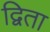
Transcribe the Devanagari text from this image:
द्विता